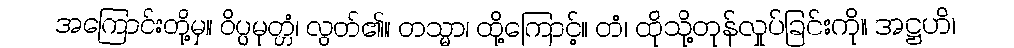
အကြောင်းတို့မှ။ ဝိပ္ပမုတ္တံ၊ လွတ်၏။ တသ္မာ၊ ထို့ကြောင့်။ တံ၊ ထိုသို့တုန်လှုပ်ခြင်းကို။ အဋ္ဌဟိ၊